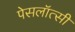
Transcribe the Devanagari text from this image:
पेसलॉत्सी